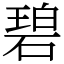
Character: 碧